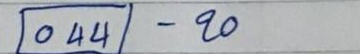
044 - 20